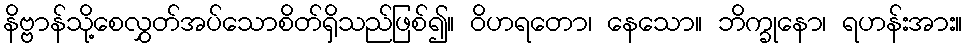
နိဗ္ဗာန်သို့စေလွှတ်အပ်သောစိတ်ရှိသည်ဖြစ်၍။ ဝိဟရတော၊ နေသော။ ဘိက္ခုနော၊ ရဟန်းအား။